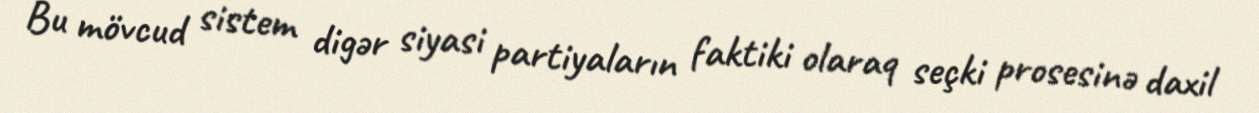
Bu mövcud sistem digər siyasi partiyaların faktiki olaraq seçki prosesinə daxil